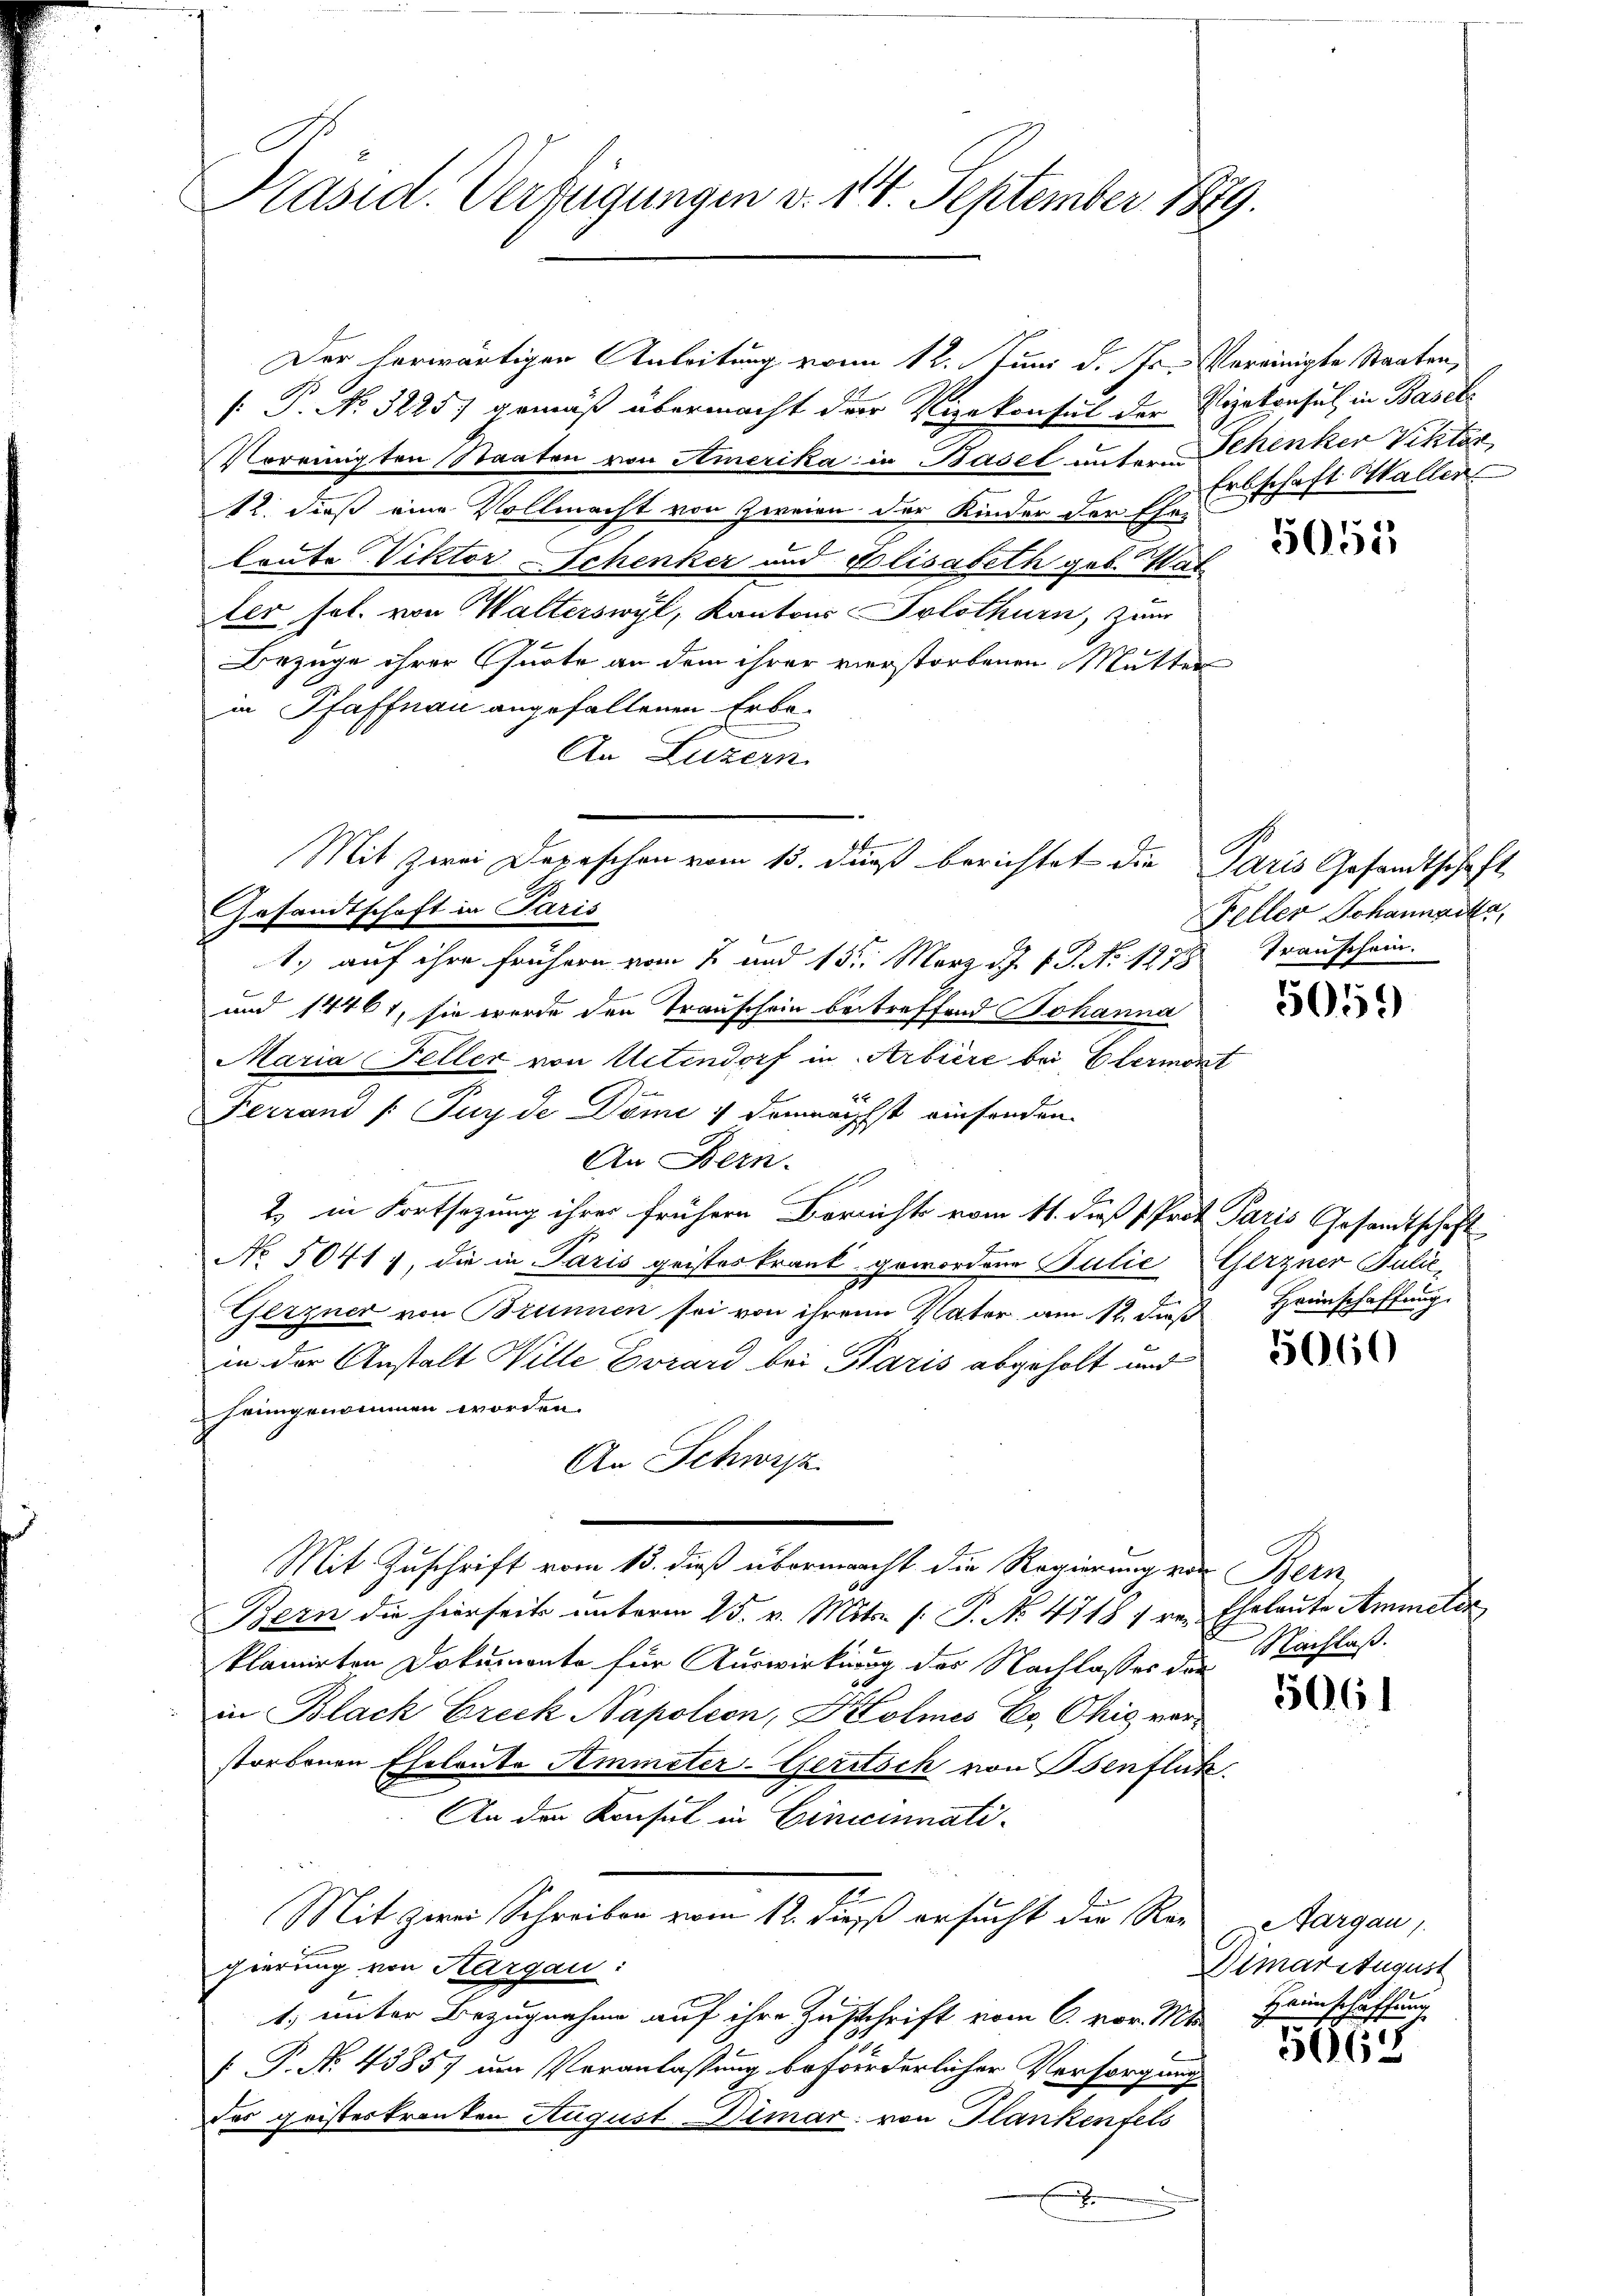
Präsid. Verfügungen v. 14. September 1899.

Der herwärtigen Anleitung vom 12. Juni d. Js. Vereinigte Staaten,
[ P. No. 3225) gemäß übermacht der Vizekonsul der Vizekonsul in Basels
Vereinigten Staaten von Amerika in Basel unter Schenker Viktor,
12. dieß eine Vollmacht von zweien der Kinder der Ehr-
loute Viktor Schenker und Elisabeth geb. Haf
ter sol. von Walterswyl, Kantons Solothurn, zum
Bezüge ihrer Quote an dem ihrer verstorbenen Mutter
in Pfaffnau angefallenen Erbe-
An Luzern
1.) auf ihre frühern vom 2 und 15. März d. J. J. J. No 1278
und 14461, sie wurde den Trauschein betreffend Johanna
Maria Feller von Uetendorf in Arbière bei Elermoni
Ferrand /: Puyde Domi / demnächst einsenden.
An Bern.
2) in Fortsezung ihrer frühern Berrichts vom 11. daß Prot. Paris Gesandtschaft
No 50417, die in Paris geisteskrank gewordene Julie Gerzner Julie¬
Gerzner von Brunnen sei von ihrem Vater am 12. daß Heinschaffung
in der Anstalt Wille Evrard bei Haris abgeholt und
heimgenommen worden.
An Schwyz
Mit Zuschrift vom 13. dieß übermacht die Regierung von Bern
Bern die hierseits unterm 25. v. Mits [ P. No. 4718 f res Eheleute Ammeter
klamirten Dokumente für Auswirkung der Nachlasses die
in Black Frick Napoleon, Kolmes Er, Chić verstorbenen Eheleute Ammeter-Geritsch von Benflik
An den Konsul in Cincinnati¬
Mit zwei Schreiben vom 12. dieß ersucht die Re-
gierung von Kargau:
1. unter Bezugnahme auf ihre Zuschrift vom 6. vor. Mts.
 P. No. 43857 um Veranlassung beförderlicher Versorgung
das geisteskranten August Dimar von Plankenfels
.

Gesandtschaft in Paris

Mit zwei Depeschen vom 15. dans berichtet die Paris Gesandtschaft

Erbschaft Waller

5051

Feller Johannacke,
Transchein.

5059

5060

Nachlaß.

5061

Aargau,
Simaritugust
Heimschaffung

865